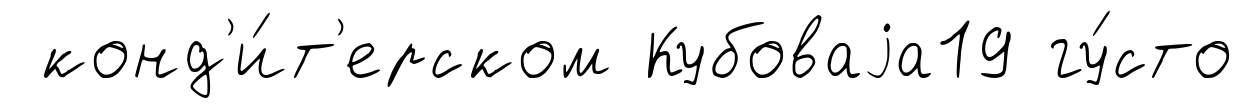
конд'и́т'ерском Кубоваjа19 гу́сто